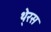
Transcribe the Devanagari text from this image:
थे्रस